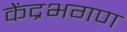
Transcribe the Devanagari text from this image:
केंद्रभगण